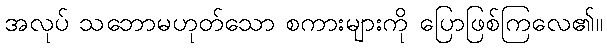
အလုပ် သဘောမဟုတ်သော စကားများကို ပြောဖြစ်ကြလေ၏။